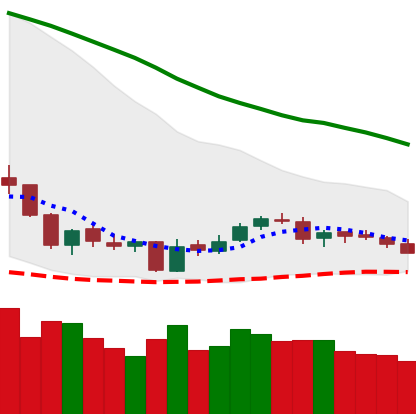
Ticker: NEO-USD
Chart end date: 2018-06-09
Forward return: -20.035%
Label: down_7plus